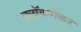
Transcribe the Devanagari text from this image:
क्लॉकमेकर